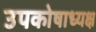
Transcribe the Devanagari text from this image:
उपकोषाध्यक्ष